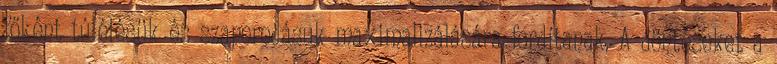
főként túlélésük és szaporodásuk maximalizálására fordítanak. A döntéseket a